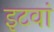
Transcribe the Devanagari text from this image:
इटवां